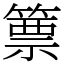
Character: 篻